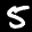
Digit: 5